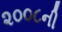
૨૦૦૮ની